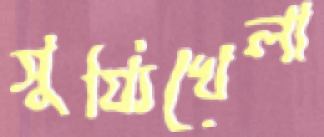
সুয্যিখেলা